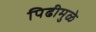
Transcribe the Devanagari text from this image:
पिढीमुळे